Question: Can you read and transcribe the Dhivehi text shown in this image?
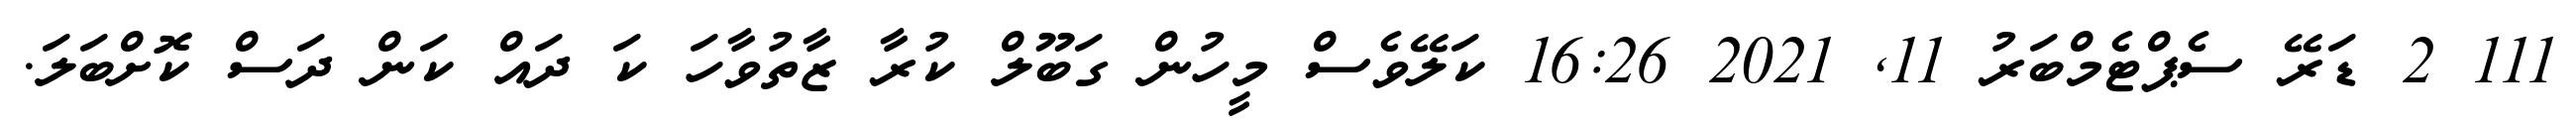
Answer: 111 2 ޑަރޭ ސެޕްޓެމްބަރު 11, 2021 16:26 ކަލޭވެސް މީހުން ގަބޫލް ކުރާ ޒާތުވާހަ ކަ ދައް ކަން ދަސް ކޮށްބަލަ.